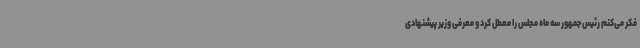
فکر می‌کنم رئیس جمهور سه ماه مجلس را معطل کرد و معرفی وزیر پیشنهادی